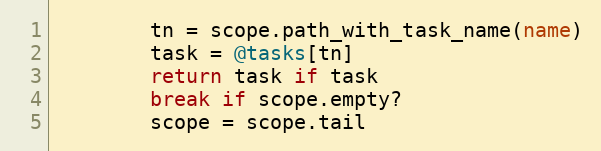
Language: Ruby
        tn = scope.path_with_task_name(name)
        task = @tasks[tn]
        return task if task
        break if scope.empty?
        scope = scope.tail